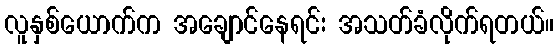
လူနှစ်ယောက်က အချောင်နေရင်း အသတ်ခံလိုက်ရတယ်။